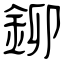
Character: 鉚